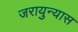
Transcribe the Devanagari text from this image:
जरायुन्यास